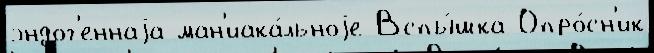
эндог'еннаjа ман'иака́льноjе Вспы́шка Опро́сн'ик